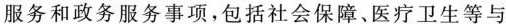
服务和政务服务事项，包括社会保障、医疗卫生等与